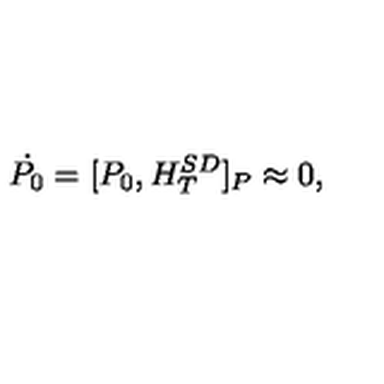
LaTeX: \dot { P _ { 0 } } = [ P _ { 0 } , H _ { T } ^ { S D } ] _ { P } \approx 0 ,